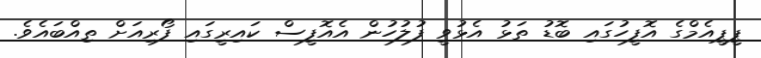
ޕީޕީއެމްގެ އޮފީހުގައި ބޮޑު ތަޅު އެޅުވީ ފުލުހުން އެއޮފީސް ކައިރީގައި ފޯރިއަށް ތިއްބައެވެ.